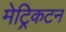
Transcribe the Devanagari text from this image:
मेट्रिकटन